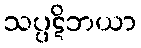
သပ္ပဋိဘယာ